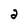
Character: a